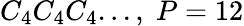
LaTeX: C_{4}C_{4}C_{4}...,\; P=12